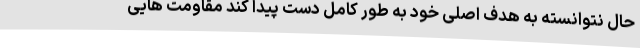
حال نتوانسته به هدف اصلی خود به طور کامل دست پیدا کند مقاومت هایی